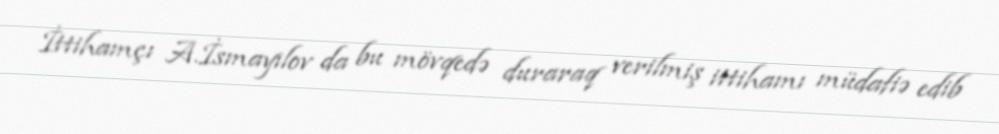
İttihamçı A.İsmayılov da bu mövqedə duraraq verilmiş ittihamı müdafiə edib